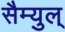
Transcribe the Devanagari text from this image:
सैम्युल्